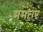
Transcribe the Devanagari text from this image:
ममंतरं